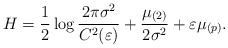
LaTeX: \begin{align*}H=\frac{1}{2} \log \frac{2 \pi \sigma^{2}}{C^{2}(\varepsilon)}+\frac{\mu_{(2)}}{2 \sigma^{2}} + \varepsilon \mu_{(p)}. \end{align*}